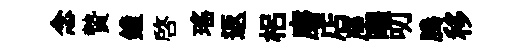
念贄鐘啓瑤返梠磨店座曜叨腾移